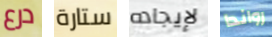
درع ستارة لإيجاده رواندا